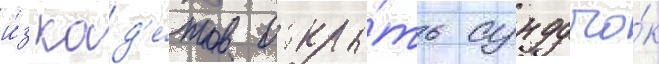
и́з кад'е́тов откры́ть сундучо́к